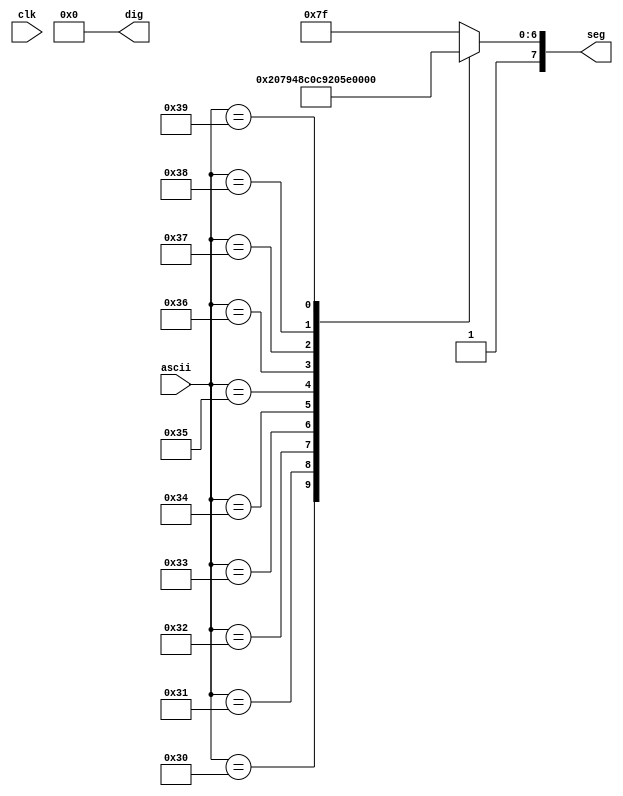
module segments(
	output reg [3:0] dig,
	output reg [7:0] seg,
	input [7:0] ascii,
	input clk);
	
	initial begin
		dig = 4'b0000;
		seg = 8'b11111111;
	end
	
	always @(*) begin
		case (ascii)
			8'd48:    seg <= 8'b11000000;	// 0
			8'd49:    seg <= 8'b11111001;	// 1
			8'd50:    seg <= 8'b10100100;	// 2
			8'd51:    seg <= 8'b10110000;	// 3
			8'd52:    seg <= 8'b10011001;	// 4
			8'd53:    seg <= 8'b10010010;	// 5
			8'd54:    seg <= 8'b10000010;	// 6
			8'd55:    seg <= 8'b11111000;	// 7
			8'd56:    seg <= 8'b10000000;	// 8
			8'd57:    seg <= 8'b10010000;	// 9
			default: seg <= 8'b11111111;
		endcase
	end
	
endmodule